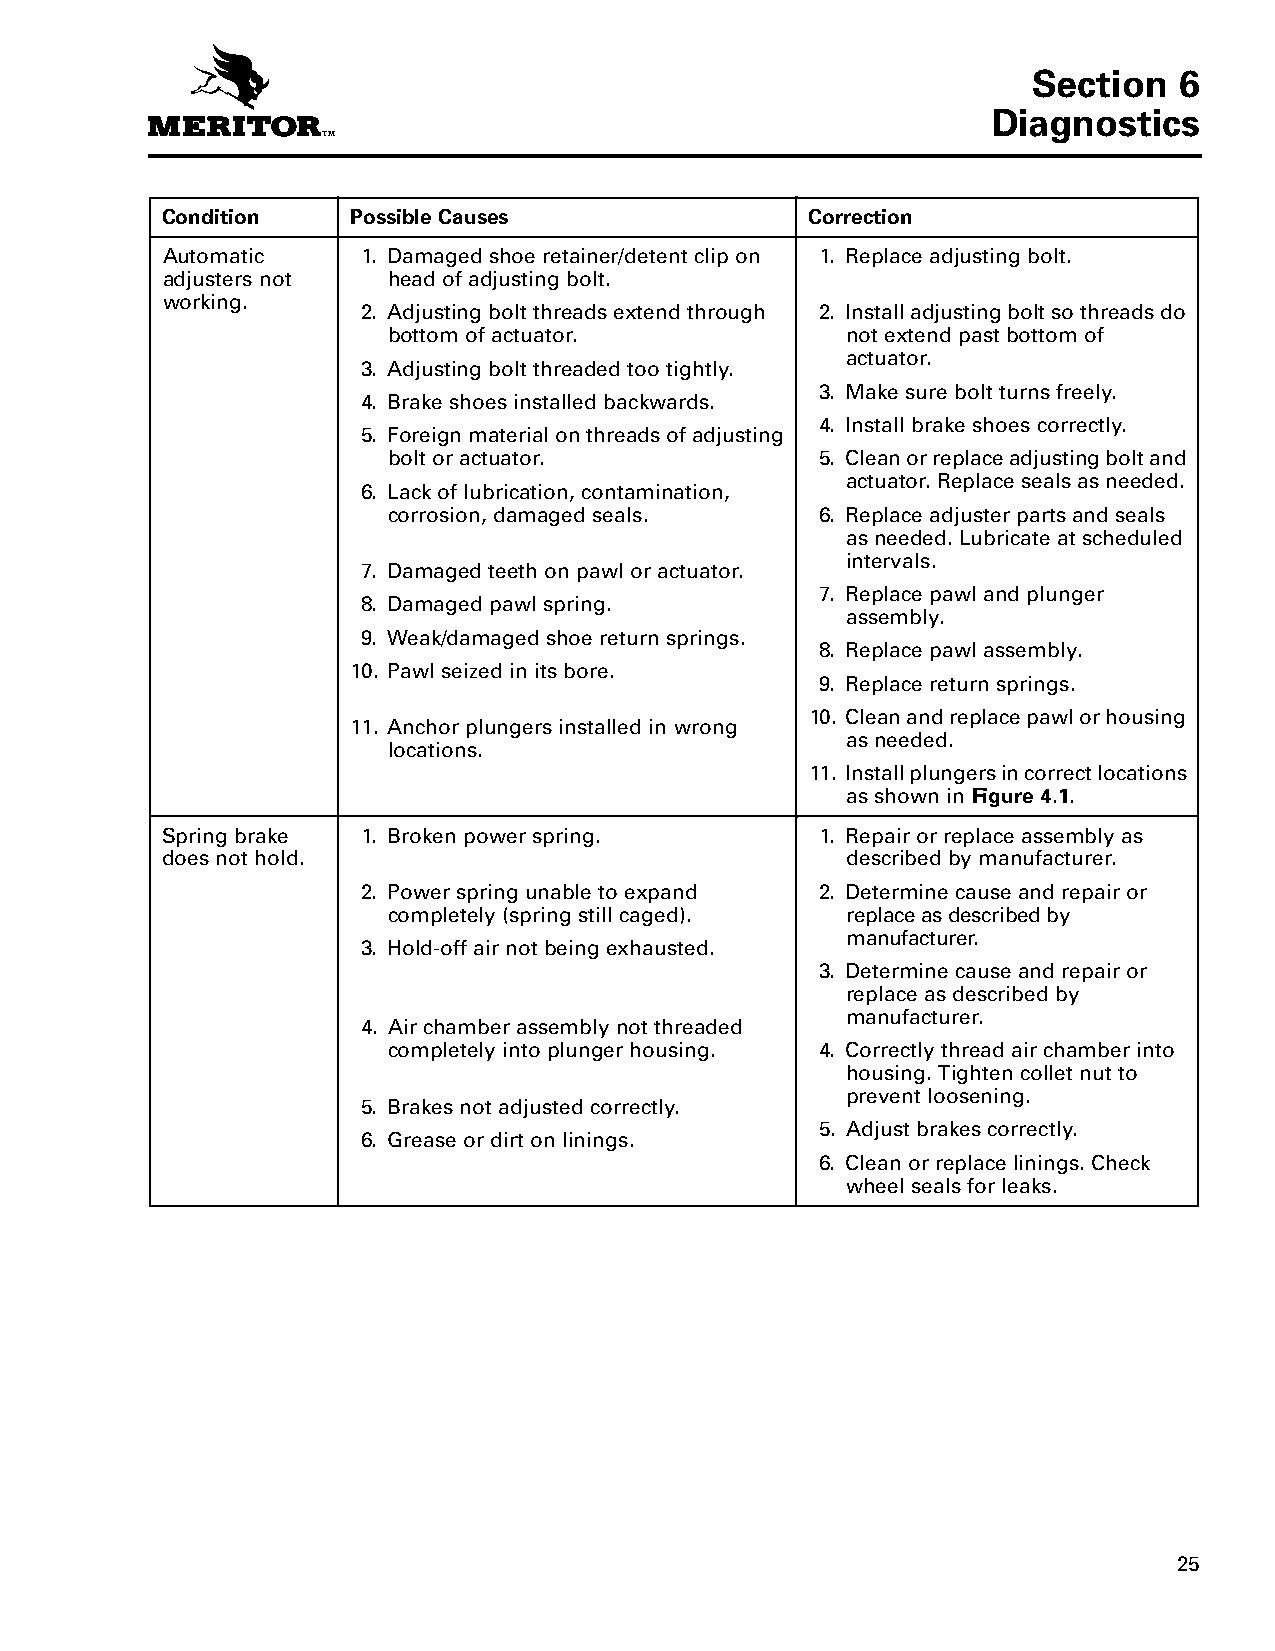
Section   6
 Diagnostics
 Condition   Possible Causes                Correction
 Automatic    1. Damaged shoe retainer/detent clip on 1. Replace adjusting bolt.
 adjusters not  head of adjusting bolt.
 working.
 2. Adjusting bolt threads extend through 2. Install adjusting bolt so threads do
 bottom of actuator.           not extend past bottom of
 actuator.
 3. Adjusting bolt threaded too tightly.
 3. Make sure bolt turns freely.
 4. Brake shoes installed backwards.
 4. Install brake shoes correctly.
 5. Foreign material on threads of adjusting
 bolt or actuator.           5. Clean or replace adjusting bolt and
 actuator. Replace seals as needed.
 6. Lack of lubrication, contamination,
 corrosion, damaged seals.   6. Replace adjuster parts and seals
 as needed. Lubricate at scheduled
 intervals.
 7. Damaged teeth on pawl or actuator.
 7. Replace pawl and plunger
 8. Damaged pawl spring.
 assembly.
 9. Weak/damaged shoe return springs.
 8. Replace pawl assembly.
 10. Pawl seized in its bore.
 9. Replace return springs.
 10. Clean and replace pawl or housing
 11. Anchor plungers installed in wrong
 as needed.
 locations.
 11. Install plungers in correct locations
 as shown in Figure 4.1.
 Spring brake 1. Broken power spring.       1. Repair or replace assembly as
 does not hold.                               described by manufacturer.
 2. Power spring unable to expand 2. Determine cause and repair or
 completely (spring still caged). replace as described by
 manufacturer.
 3. Hold-off air not being exhausted.
 3. Determine cause and repair or
 replace as described by
 manufacturer.
 4. Air chamber assembly not threaded
 completely into plunger housing. 4. Correctly thread air chamber into
 housing. Tighten collet nut to
 prevent loosening.
 5. Brakes not adjusted correctly.
 5. Adjust brakes correctly.
 6. Grease or dirt on linings.
 6. Clean or replace linings. Check
 wheel seals for leaks.
 25